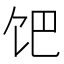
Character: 𩠀